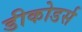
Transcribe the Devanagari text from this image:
डीकोडर्स